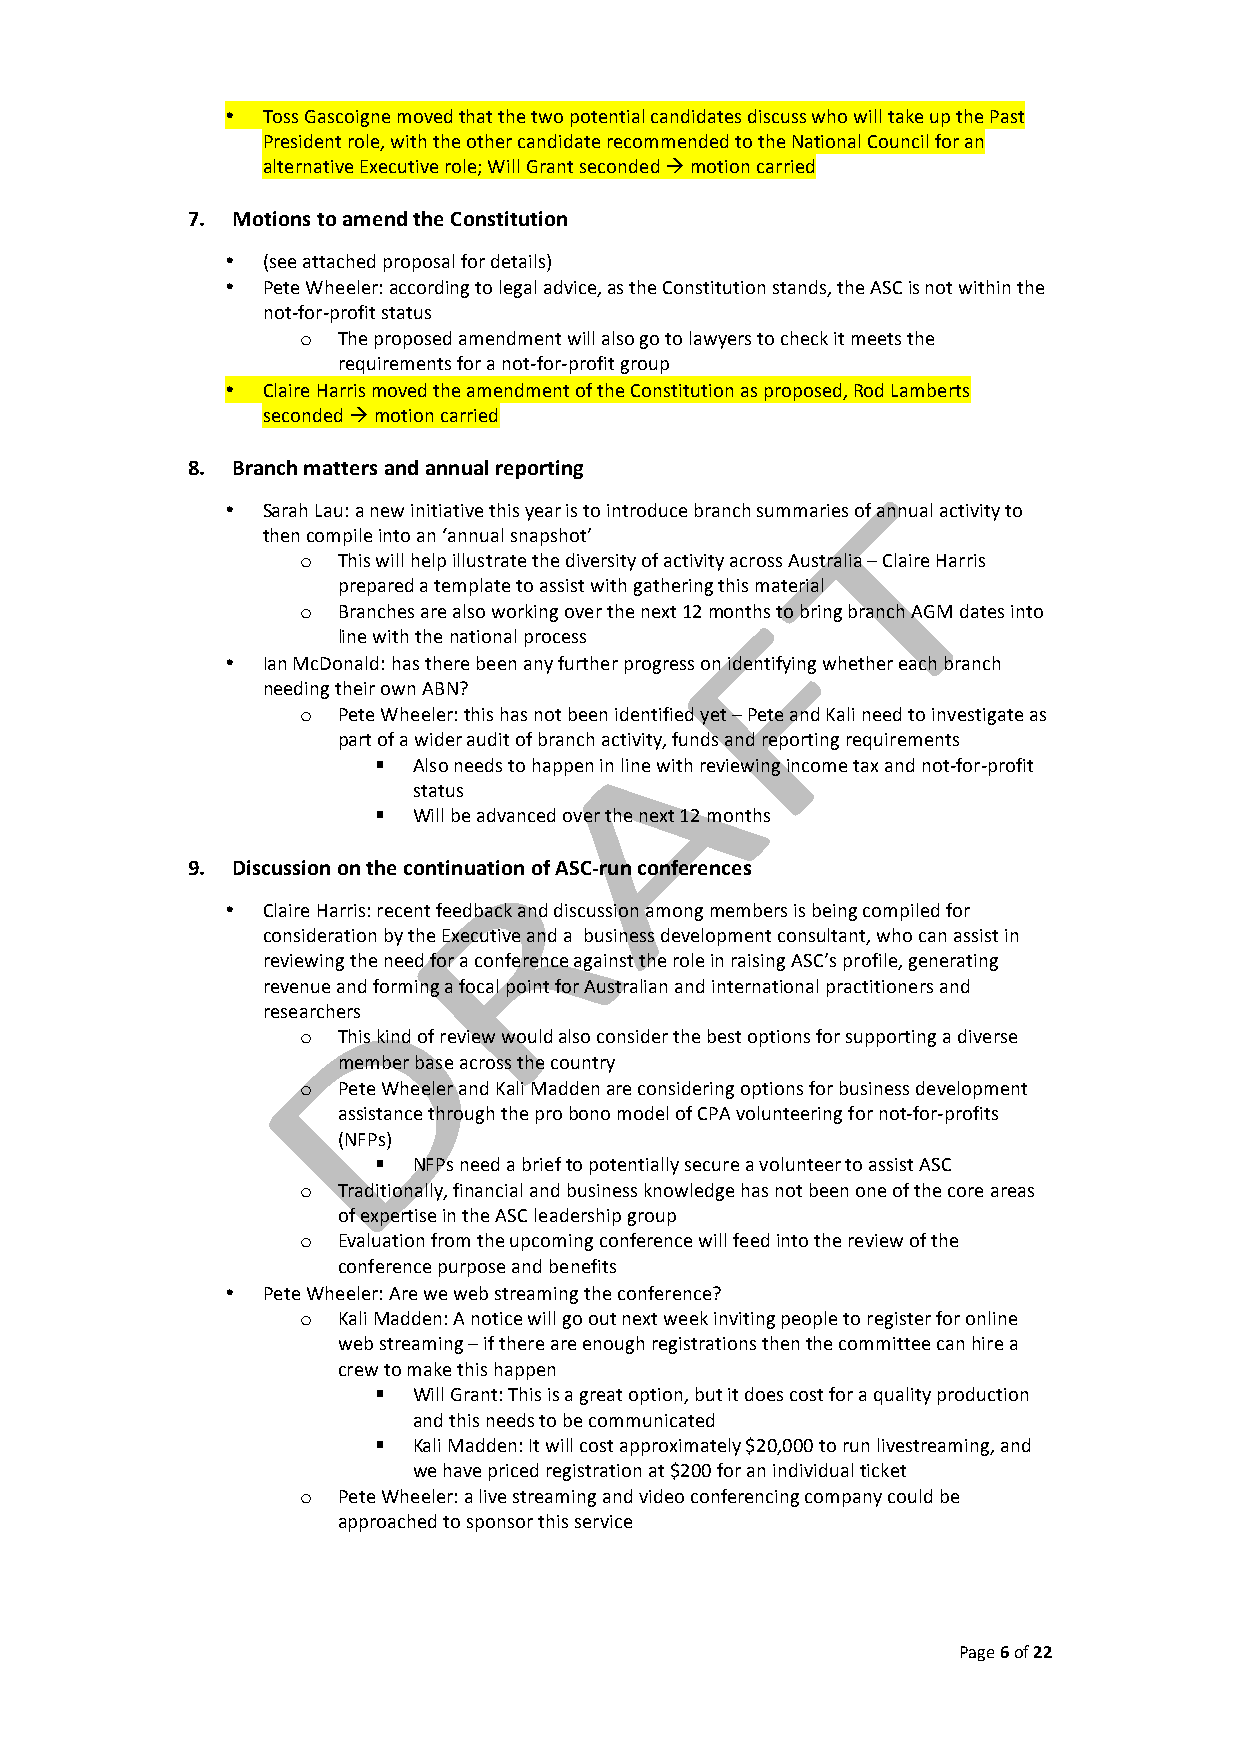
• Toss Gascoigne moved that the two potential candidates discuss who will take up the Past
 President role, with the other candidate recommended to the National Council for an
 alternative Executive role; Will Grant seconded à motion carried
 7. Motions to amend the Constitution
 • (see attached proposal for details)
 • Pete Wheeler: according to legal advice, as the Constitution stands, the ASC is not within the
 not-­‐for-­‐profit status
 o The proposed amendment will also go to lawyers to check it meets the
 requirements for a not-­‐for-­‐profit group
 • Claire Harris moved the amendment of the Constitution as proposed, Rod Lamberts
 seconded à motion carried
 8. Branch matters and annual reporting
 • Sarah Lau: a new initiative this year is to introduce branch summaries of annual activity to
 then compile into an ‘annual snapshot’
 o This will help illustrate the diversity of activity across Australia – Claire Harris
 prepared a template to assist with gathering this material
 o Branches are also working over the next 12 months to bring branch AGM dates into
 line with the national process
 • Ian McDonald: has there been any further progress on identifying whether each branch
 needing their own ABN?
 o Pete Wheeler: this has not been identified yet – Pete and Kali need to investigate as
 part of a wider audit of branch activity, funds and reporting requirements
 § Also needs to happen in line with reviewing income tax and not-­‐for-­‐profit
 status
 § Will be advanced over the next 12 months
 9. Discussion on the continuation of ASC-­‐run conferences
 • Claire Harris: recent feedback and discussion among members is being compiled for
 consideration by the Executive and a business development consultant, who can assist in
 reviewing the need for a conference against the role in raising ASC’s profile, generating
 revenue and forming a focal point for Australian and international practitioners and
 researchers
 o This kind of review would also consider the best options for supporting a diverse
 member base across the country
 o Pete Wheeler and Kali Madden are considering options for business development
 assistance through the pro bono model of CPA volunteering for not-­‐for-­‐profits
 (NFPs)
 § NFPs need a brief to potentially secure a volunteer to assist ASC
 o Traditionally, financial and business knowledge has not been one of the core areas
 of expertise in the ASC leadership group
 o Evaluation from the upcoming conference will feed into the review of the
 conference purpose and benefits
 • Pete Wheeler: Are we web streaming the conference?
 o Kali Madden: A notice will go out next week inviting people to register for online
 web streaming – if there are enough registrations then the committee can hire a
 crew to make this happen
 § Will Grant: This is a great option, but it does cost for a quality production
 and this needs to be communicated
 § Kali Madden: It will cost approximately $20,000 to run livestreaming, and
 we have priced registration at $200 for an individual ticket
 o Pete Wheeler: a live streaming and video conferencing company could be
 approached to sponsor this service
 Page 6 of 22